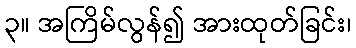
၃။ အကြိမ်လွန်၍ အားထုတ်ခြင်း၊